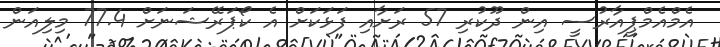
އެމްއެމްޕީއާރުސީ އިން ދޫކުރި 57 ރަށާއި ފަޅަކަށް އެ ކޯޕަރޭޝަނަށް 77.4 މިލިއަން